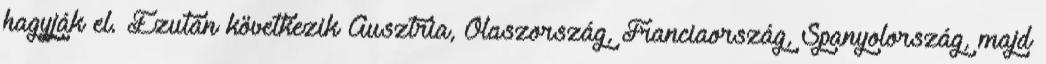
hagyják el. Ezután következik Ausztria, Olaszország, Franciaország, Spanyolország, majd